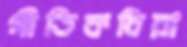
গীতিকবিরা